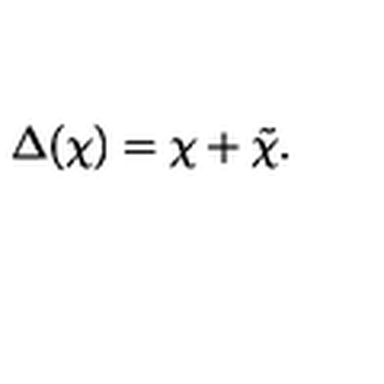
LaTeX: \Delta ( \chi ) = \chi + \tilde { \chi } .